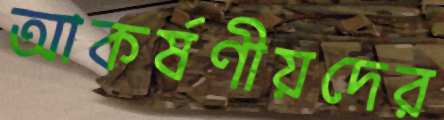
আকর্ষণীয়দের